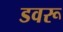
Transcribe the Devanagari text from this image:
डवरू